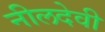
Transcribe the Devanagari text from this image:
नीलदेवी